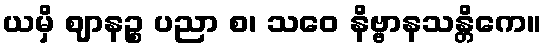
ယမှိ ဈာနဉ္စ ပညာ စ၊ သဝေ နိဗ္ဗာနသန္တိကေ။